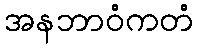
အနဘာဝံကတံ